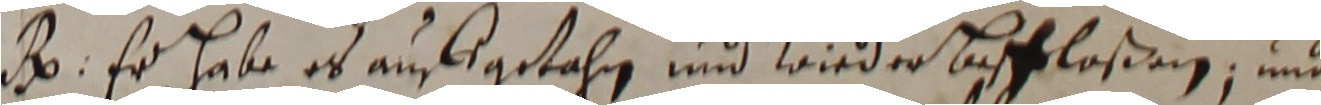
e. Er habe es aufsgetahn und wieder beschloßen und